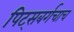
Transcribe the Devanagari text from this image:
पिट्सबर्गचाच